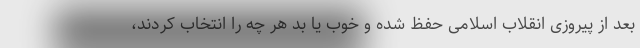
بعد از پیروزی انقلاب اسلامی حفظ شده و خوب یا بد هر چه را انتخاب کردند،